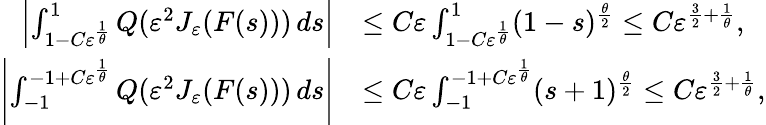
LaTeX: \begin{array}{rl}{\left|\int_{1-C\varepsilon^{\frac 1{\theta}}}^{1}Q(\varepsilon^{2}J_{\varepsilon}(F(s)))\, ds\right|}&{\leq C\varepsilon\int_{1-C\varepsilon^{\frac 1{\theta}}}^{1}(1-s)^{\frac\theta 2}\leq C\varepsilon^{\frac 32+\frac 1\theta},}\\ {\left|\int_{-1}^{-1+C\varepsilon^{\frac 1{\theta}}}Q(\varepsilon^{2}J_{\varepsilon}(F(s)))\, ds\right|}&{\leq C\varepsilon\int_{-1}^{-1+C\varepsilon^{\frac 1{\theta}}}(s+1)^{\frac\theta 2}\leq C\varepsilon^{\frac 32+\frac 1\theta},}\end{array}